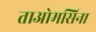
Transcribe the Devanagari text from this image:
ताओमसिना